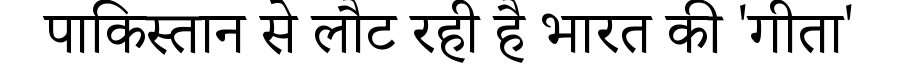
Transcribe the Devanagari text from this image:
पाकिस्तान से लौट रही है भारत की 'गीता'